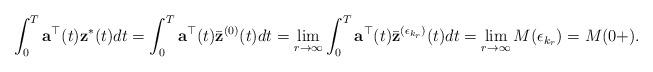
LaTeX: \begin{align*}{}\int_{0}^{T}{\bf a}^{\top}(t){\bf z}^{*}(t)dt=\int_{0}^{T}{\bf a}^{\top}(t)\bar{\bf z}^{(0)}(t)dt=\lim_{r\rightarrow\infty}\int_{0}^{T}{\bf a}^{\top}(t)\bar{\bf z}^{(\epsilon_{k_{r}})}(t)dt=\lim_{r\rightarrow\infty}M(\epsilon_{k_{r}})=M(0+).\end{align*}